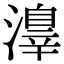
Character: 𣿒